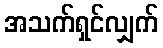
အသက်ရှင်လျှက်